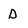
Character: D